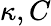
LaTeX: \kappa,C